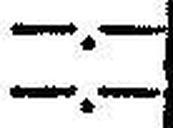
—.—